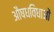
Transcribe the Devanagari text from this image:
औषधविधाओं